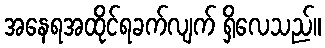
အနေရအထိုင်ရခက်လျက် ရှိလေသည်။